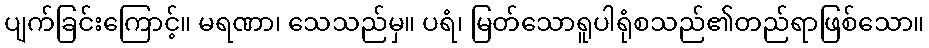
ပျက်ခြင်းကြောင့်။ မရဏာ၊ သေသည်မှ။ ပရံ၊ မြတ်သောရူပါရုံစသည်၏တည်ရာဖြစ်သော။